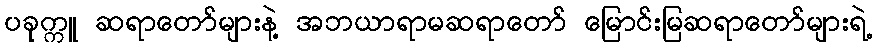
ပခုက္ကူ ဆရာတော်များနဲ့ အဘယာရာမဆရာတော် မြောင်းမြဆရာတော်များရဲ့